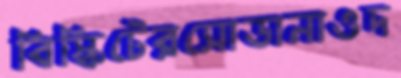
বিস্কিটেরসোডানাওদ